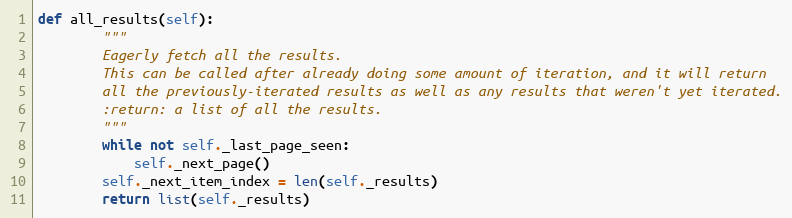
Language: Python
def all_results(self):
        """
        Eagerly fetch all the results.
        This can be called after already doing some amount of iteration, and it will return
        all the previously-iterated results as well as any results that weren't yet iterated.
        :return: a list of all the results.
        """
        while not self._last_page_seen:
            self._next_page()
        self._next_item_index = len(self._results)
        return list(self._results)